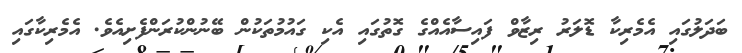
ބަދަލުގައި އެމެރިކާ ޑޮލަރު ރިޒާވް ފައިސާއެއްގެ ގޮތުގައި އެކި ގައުމުތަކުން ބޭނުންކުރަންފެށިއެވެ. އެމެރިކާގައި